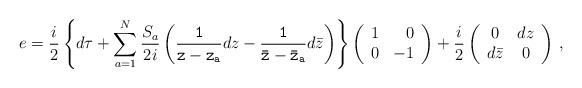
LaTeX: \begin{align*}e=\frac{i}{2}\left\{d\tau+\sum_{a=1}^N\frac{S_a}{2i}\left({\tt \frac{1}{z-z_a}}dz-{\tt \frac{1}{\bar{z}-\bar{z}_a}}d\bar{z}\right)\right\}\left(\begin{array}{rr}1 & 0 \\0 & -1\end{array}\right)+\frac{i}{2}\left(\begin{array}{cc}0 & dz \\d\bar{z} & 0\end{array}\right)\, ,\end{align*}